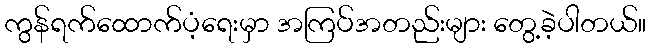
ကွန်ရက်ထောက်ပံ့ရေးမှာ အကြပ်အတည်းများ တွေ့ခဲ့ပါတယ်။